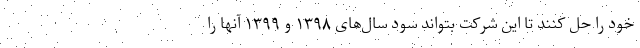
خود را حل کنند تا این شرکت بتواند سود سال‌های ۱۳۹۸ و ۱۳۹۹ آنها را